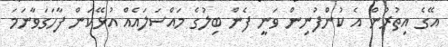
އޭގެ އިތުރުން އެ ކުންފުނިން ވަނީ ފެން ބިލުގެ މައްސަލައެއް އުޅޭކަން ފާހަގަވާނަމަ